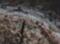
رجل